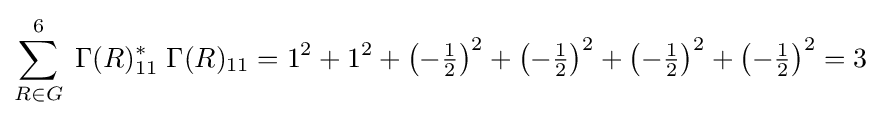
\sum _{R\in G}^{6}\;\Gamma (R)_{11}^{*}\;\Gamma (R)_{11}=1^{2}+1^{2}+\left(-{\tfrac {1}{2}}\right)^{2}+\left(-{\tfrac {1}{2}}\right)^{2}+\left(-{\tfrac {1}{2}}\right)^{2}+\left(-{\tfrac {1}{2}}\right)^{2}=3